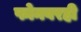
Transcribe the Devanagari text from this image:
फोनवरही